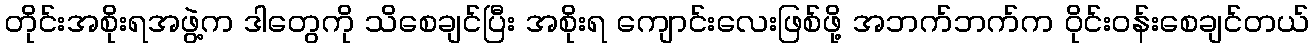
တိုင်းအစိုးရအဖွဲ့က ဒါတွေကို သိစေချင်ပြီး အစိုးရ ကျောင်းလေးဖြစ်ဖို့ အဘက်ဘက်က ဝိုင်းဝန်းစေချင်တယ်